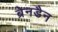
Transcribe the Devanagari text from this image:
ब्रेनडैन